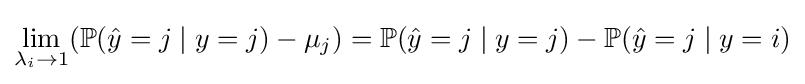
\lim _{\lambda _{i}\to 1}(\mathbb {P} ({\hat {y}}=j\mid y=j)-\mu _{j})=\mathbb {P} ({\hat {y}}=j\mid y=j)-\mathbb {P} ({\hat {y}}=j\mid y=i)